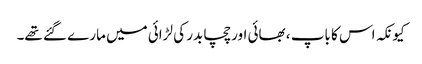
کیونکہ اس کا باپ ، بھائی اور چچا بدر کی لڑائی میں مارے گئے تھے۔